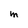
Character: M